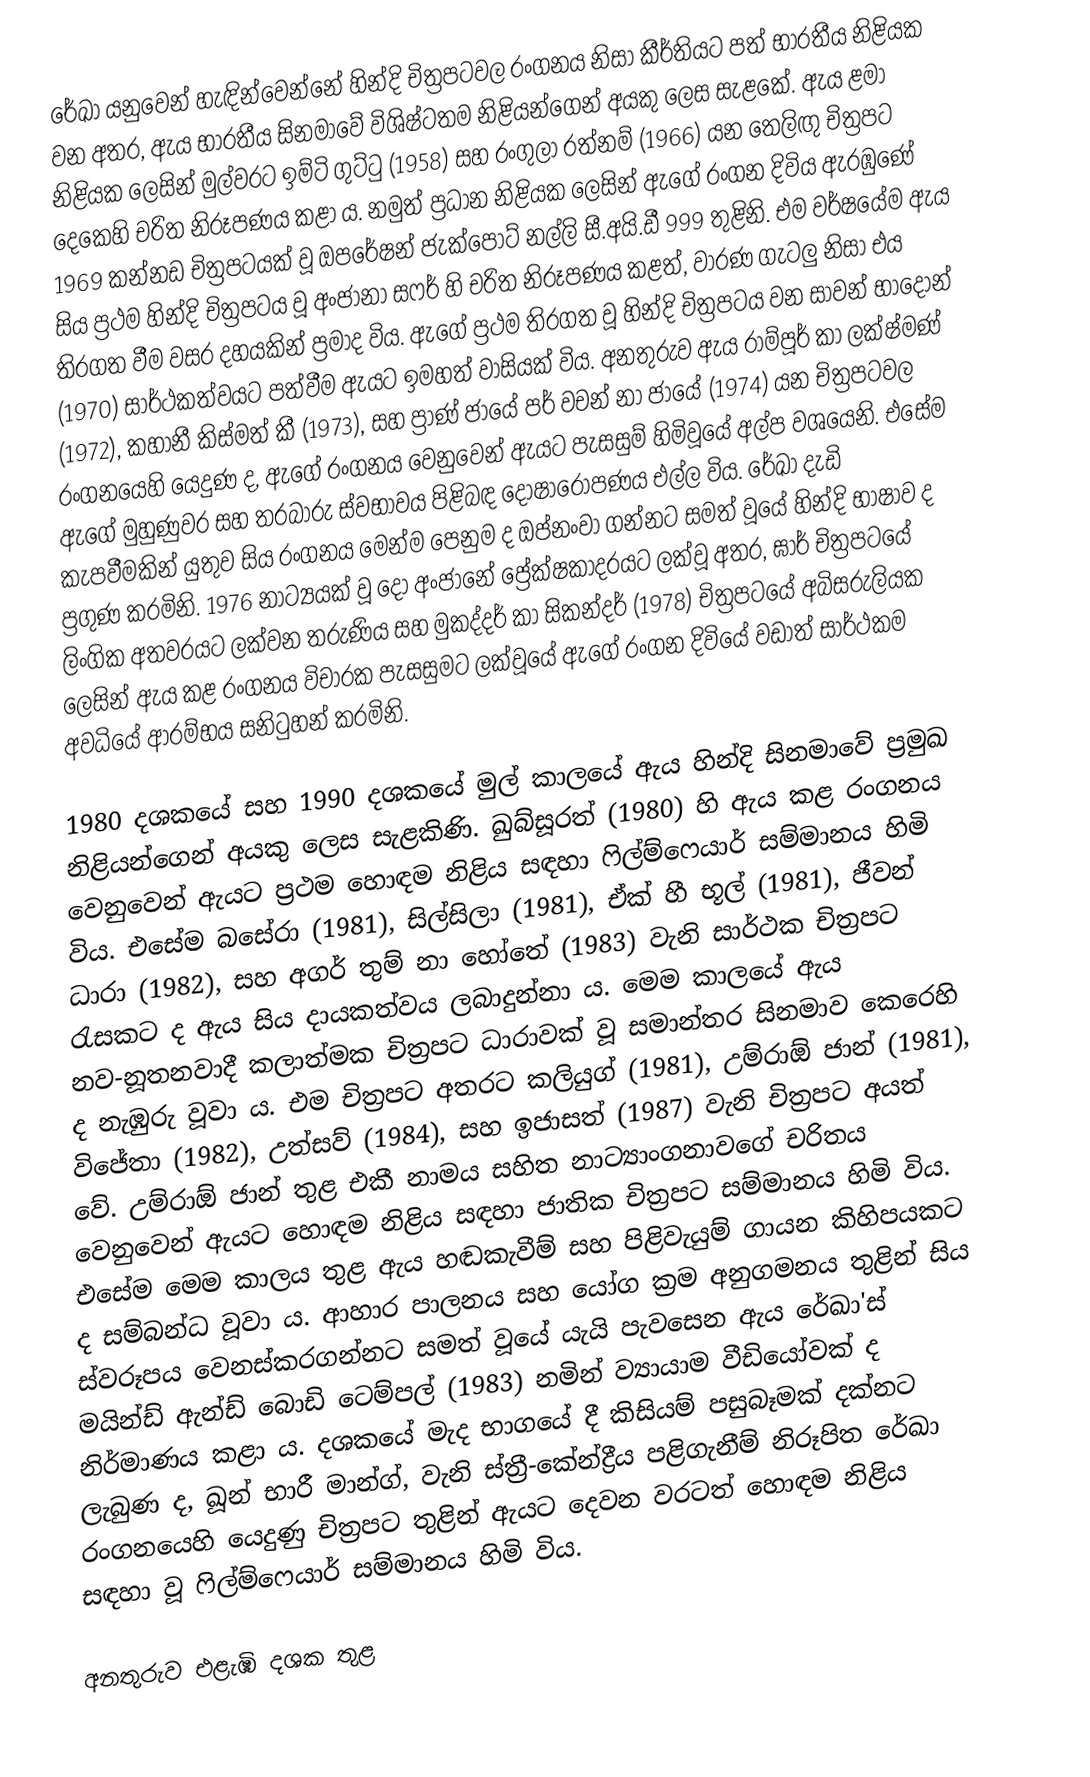
රේඛා යනුවෙන් හැඳින්වෙන්නේ හින්දි චිත්‍රපටවල රංගනය නිසා කීර්තියට පත් භාරතීය නිළියක වන අතර, ඇය භාරතීය සිනමාවේ විශිෂ්ටතම නිළියන්ගෙන් අයකු ලෙස සැළකේ. ඇය ළමා නිළියක ලෙසින් මුල්වරට ඉම්ටි ගුට්ටු (1958) සහ රංගුලා රත්නම් (1966) යන තෙලිඟු චිත්‍රපට දෙකෙහි චරිත නිරූපණය කළා ය. නමුත් ප්‍රධාන නිළියක ලෙසින් ඇගේ රංගන දිවිය ඇරඹුණේ 1969 කන්නඩ චිත්‍රපටයක් වූ ඔපරේෂන් ජැක්පොට් නල්ලි සී.අයි.ඩී 999 තුළිනි. එම වර්ෂයේම ඇය සිය ප්‍රථම හින්දි චිත්‍රපටය වූ අංජානා සෆර් හි චරිත නිරූපණය කළත්, වාරණ ගැටලු නිසා එය තිරගත වීම වසර දහයකින් ප්‍රමාද විය. ඇගේ ප්‍රථම තිරගත වූ හින්දි චිත්‍රපටය වන සාවන් භාදෝන් (1970) සාර්ථකත්වයට පත්වීම ඇයට ඉමහත් වාසියක් විය. අනතුරුව ඇය රාම්පූර් කා ලක්ෂ්මණ් (1972), කහානී කිස්මත් කී (1973), සහ ප්‍රාණ් ජායේ පර් වචන් නා ජායේ (1974) යන චිත්‍රපටවල රංගනයෙහි යෙදුණ ද, ඇගේ රංගනය වෙනුවෙන් ඇයට පැසසුම් හිමිවූයේ අල්ප වශයෙනි. එසේම ඇගේ මුහුණුවර සහ තරබාරු ස්වභාවය පිළිබඳ දෝෂාරෝපණය එල්ල විය. රේඛා දැඩි කැපවීමකින් යුතුව සිය රංගනය මෙන්ම පෙනුම ද ඔප්නංවා ගන්නට සමත් වූයේ හින්දි භාෂාව ද ප්‍රගුණ කරමිනි. 1976 නාට්‍යයක් වූ දෝ අංජානේ ප්‍රේක්ෂකාදරයට ලක්වූ අතර, ඝාර් චිත්‍රපටයේ ලිංගික අතවරයට ලක්වන තරුණිය සහ මුකද්දර් කා සිකන්දර් (1978) චිත්‍රපටයේ අබිසරුලියක ලෙසින් ඇය කළ රංගනය විචාරක පැසසුමට ලක්වූයේ ඇගේ රංගන දිවියේ වඩාත් සාර්ථකම අවධියේ ආරම්භය සනිටුහන් කරමිනි.

1980 දශකයේ සහ 1990 දශකයේ මුල් කාලයේ ඇය හින්දි සිනමාවේ ප්‍රමුඛ නිළියන්ගෙන් අයකු ලෙස සැළකිණි. ඛුබ්සූරත් (1980) හි ඇය කළ රංගනය වෙනුවෙන් ඇයට ප්‍රථම හොඳම නිළිය සඳහා ෆිල්ම්ෆෙයාර් සම්මානය හිමි විය. එසේම බසේරා (1981), සිල්සිලා (1981), ඒක් හී භූල් (1981), ජීවන් ධාරා (1982), සහ අගර් තුම් නා හෝතේ (1983) වැනි සාර්ථක චිත්‍රපට රැසකට ද ඇය සිය දායකත්වය ලබාදුන්නා ය. මෙම කාලයේ ඇය නව-නූතනවාදී කලාත්මක චිත්‍රපට ධාරාවක් වූ සමාන්තර සිනමාව කෙරෙහි ද නැඹුරු වූවා ය. එම චිත්‍රපට අතරට කලියුග් (1981), උම්රාඕ ජාන් (1981), විජේතා (1982), උත්සව් (1984), සහ ඉජාසත් (1987) වැනි චිත්‍රපට අයත් වේ. උම්රාඕ ජාන් තුළ එකී නාමය සහිත නාට්‍යාංගනාවගේ චරිතය වෙනුවෙන් ඇයට හොඳම නිළිය සඳහා ජාතික චිත්‍රපට සම්මානය හිමි විය. එසේම මෙම කාලය තුළ ඇය හඬකැවීම් සහ පිළිවැයුම් ගායන කිහිපයකට ද සම්බන්ධ වූවා ය. ආහාර පාලනය සහ යෝග ක්‍රම අනුගමනය තුළින් සිය ස්වරූපය වෙනස්කරගන්නට සමත් වූයේ යැයි පැවසෙන ඇය රේඛා'ස් මයින්ඩ් ඇන්ඩ් බොඩි ටෙම්පල් (1983) නමින් ව්‍යායාම වීඩියෝවක් ද නිර්මාණය කළා ය. දශකයේ මැද භාගයේ දී කිසියම් පසුබෑමක් දක්නට ලැබුණ ද, ඛූන් භාරී මාන්ග්, වැනි ස්ත්‍රී-කේන්ද්‍රීය පළිගැනීම් නිරූපිත රේඛා රංගනයෙහි යෙදුණු චිත්‍රපට තුළින් ඇයට දෙවන වරටත් හොඳම නිළිය සඳහා වූ ෆිල්ම්ෆෙයාර් සම්මානය හිමි විය.

අනතුරුව එළැඹි දශක තුළ